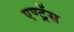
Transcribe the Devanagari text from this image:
एण्ट्रेंस